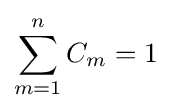
\sum _{m=1}^{n}C_{m}=1